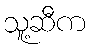
သူ့ဆီက